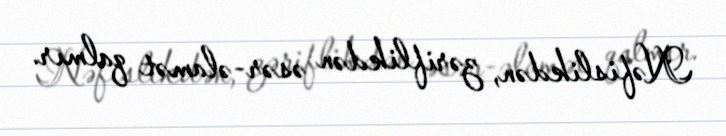
Nəfislikdən, zəriflikdən əsər-əlamət qalmır.